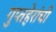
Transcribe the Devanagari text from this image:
गुप्तहेरांची